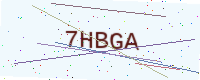
Text: 7HBGA